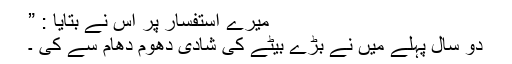
میرے استفسار پر اس نے بتایا : ”
دو سال پہلے میں نے بڑے بیٹے کی شادی دھوم دھام سے کی ۔